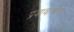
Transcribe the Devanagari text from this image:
प्रजावात्सल्य